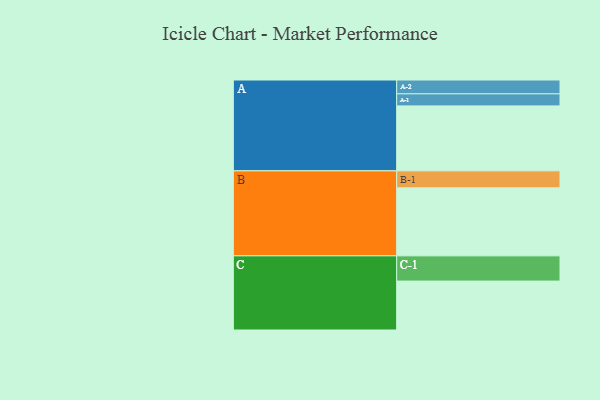
{"axis": {"x": "Segment", "y": "Value"}, "legend": ["", "A", "B", "C"], "data": [{"x": "A", "y": 474, "type": ""}, {"x": "B", "y": 496, "type": ""}, {"x": "C", "y": 357, "type": ""}, {"x": "A-1", "y": 88, "type": "A"}, {"x": "A-2", "y": 101, "type": "A"}, {"x": "B-1", "y": 124, "type": "B"}, {"x": "C-1", "y": 184, "type": "C"}]}